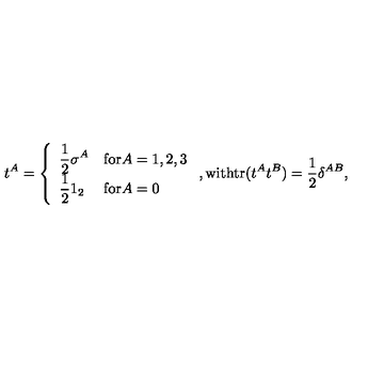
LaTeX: t ^ { A } = \left\{ \begin{array} { l l } { \displaystyle \frac { 1 } { 2 } \sigma ^ { A } } & { \mathrm { f o r } A = 1 , 2 , 3 } \\ { \displaystyle \frac { 1 } { 2 } 1 _ { 2 } } & { \mathrm { f o r } A = 0 } \\ \end{array} \right. , \mathrm { w i t h t r } ( t ^ { A } t ^ { B } ) = \frac { 1 } { 2 } \delta ^ { A B } ,